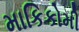
માકિકોમી